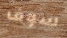
سوف